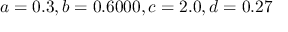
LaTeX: a = 0 . 3 , b = 0 . 6 0 0 0 , c = 2 . 0 , d = 0 . 2 7